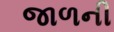
જાળની